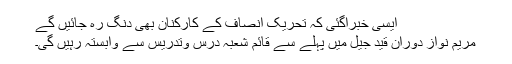
ایسی خبرآگئی کہ تحریک انصاف کے کارکنان بھی دنگ رہ جائیں گے
مریم نواز دوران قید جیل میں پہلے سے قائم شعبہ درس وتدریس سے وابستہ رہیں گی۔